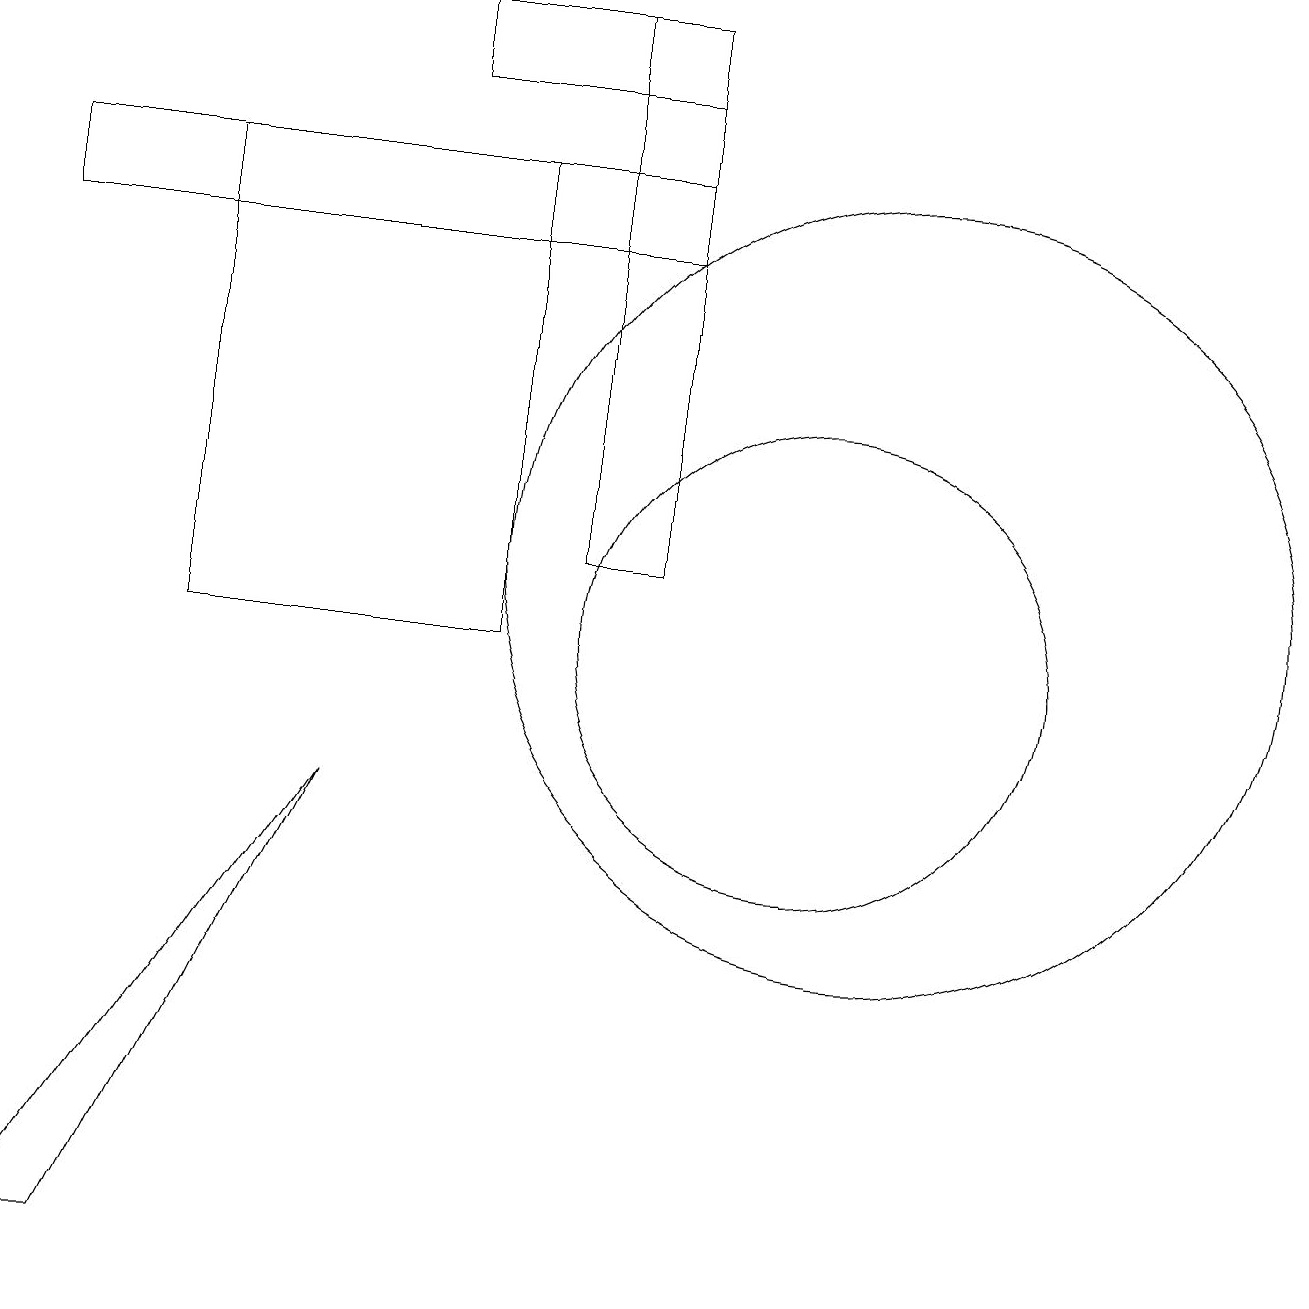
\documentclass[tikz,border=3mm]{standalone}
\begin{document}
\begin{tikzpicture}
\draw (9,17) rectangle (1,16);
\draw (3,11) rectangle (7,17);
\draw (10,11) circle (0);
\draw (2,3) -- (1,3) -- (5,9) -- cycle;
\draw (8,12) rectangle (9,19);
\draw (12,12) circle (5);
\draw (11,11) circle (3);
\draw (6,19) rectangle (9,18);
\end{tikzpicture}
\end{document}